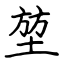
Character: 堃